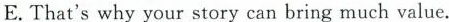
E.That'swhy your story can bring much value.